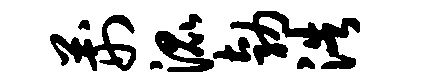
荆混勃浩